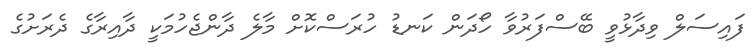
ފައިސަލް ވިދާޅުވީ ބޭސްފަރުވާ ހޯދަން ކަނޑު ހުރަސްކޮށް މާލެ ދާންޖެހުމަކީ ދާއިރާގެ ދެރަށުގެ